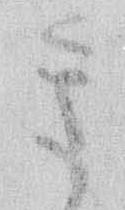
き